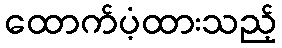
ထောက်ပံ့ထားသည့်